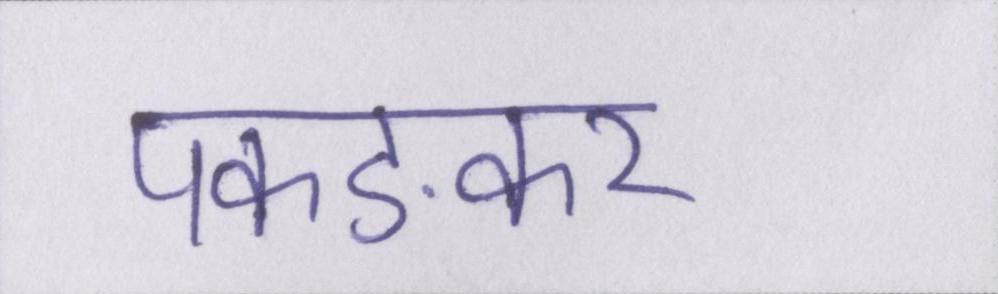
पकङकर